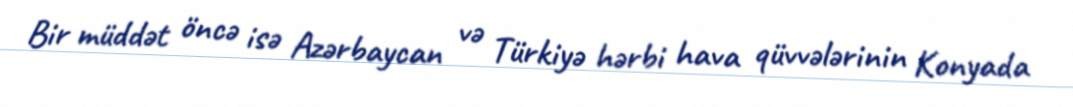
Bir müddət öncə isə Azərbaycan və Türkiyə hərbi hava qüvvələrinin Konyada